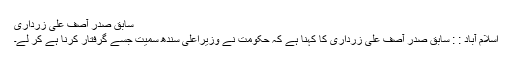
سابق صدر آصف علی زرداری
اسلام آباد : : سابق صدر آصف علی زرداری کا کہنا ہے کہ حکومت نے وزیراعلیٰ سندھ سمیت جسے گرفتار کرنا ہے کر لے۔